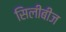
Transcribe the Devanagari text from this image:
सिलीबीज